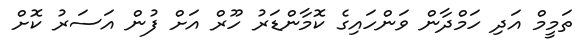
ތަމީމް އަދި ހަމްދާން ވަންހައިގެ ކޮމާންޑަރު ހޫރް އަށް ފުން އަސަރު ކޮށް